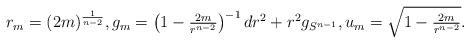
LaTeX: \begin{align*}r_m = (2m)^{\frac{1}{n-2}}, g_m = \left( 1- \tfrac{2m}{r^{n-2}}\right)^{-1} dr^2 + r^2 g_{S^{n-1}}, u_m = \sqrt{1-\tfrac{2m}{r^{n-2}}}.\end{align*}